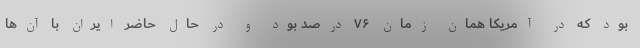
بود که در آمریکا همان زمان ۷۶ درصد بود و در حال حاضر ایران با آن‌ها